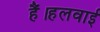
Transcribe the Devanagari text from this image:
हैं।हलवाई